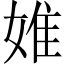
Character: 婎